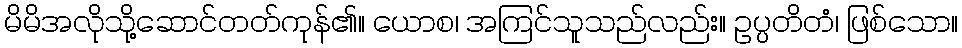
မိမိအလိုသို့ဆောင်တတ်ကုန်၏။ ယောစ၊ အကြင်သူသည်လည်း။ ဥပ္ပတိတံ၊ ဖြစ်သော။